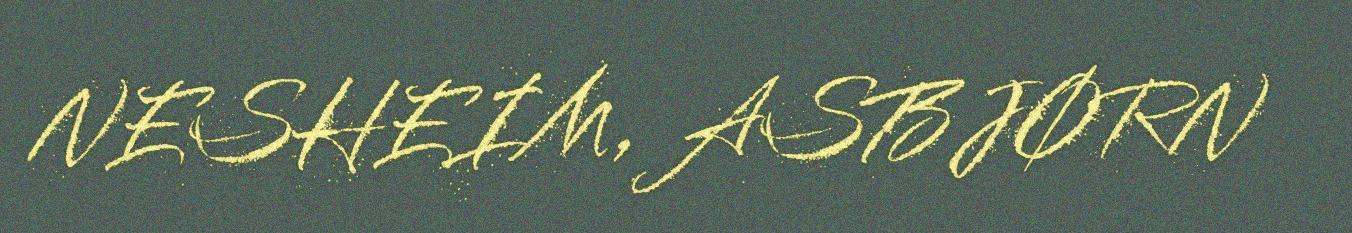
NESHEIM, ASBJØRN